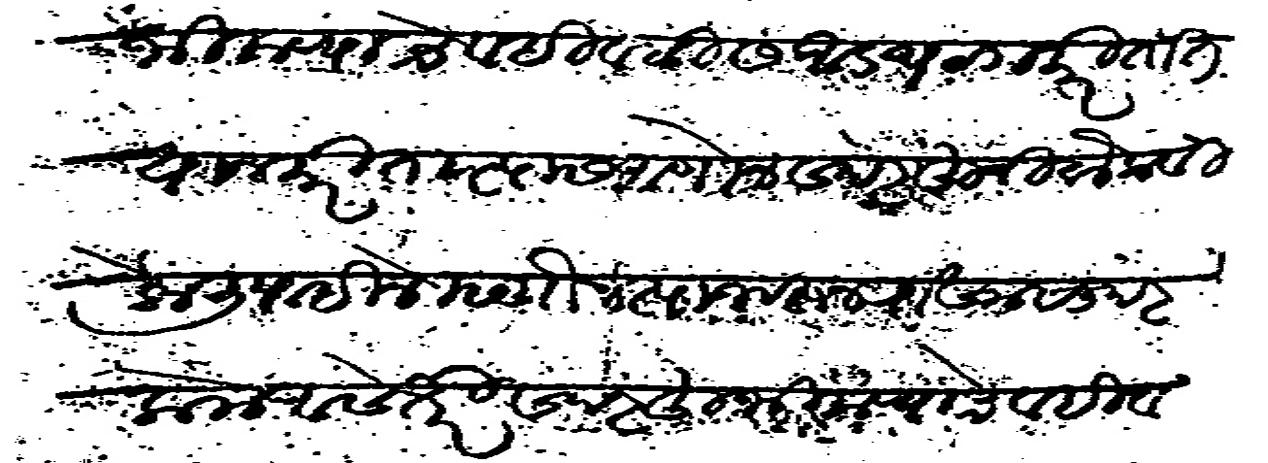
Transliteration (Devanagari): भिकण्याचे वहिवाटीस आडथळा करितात याजकरिता त्यास आणोन सदरहूची चौकसी केली पाहिजे म्हणोन त्याजवरून रोखा सादर केला असे तरी सदरहू भिकण्याचे वहीवाटीस